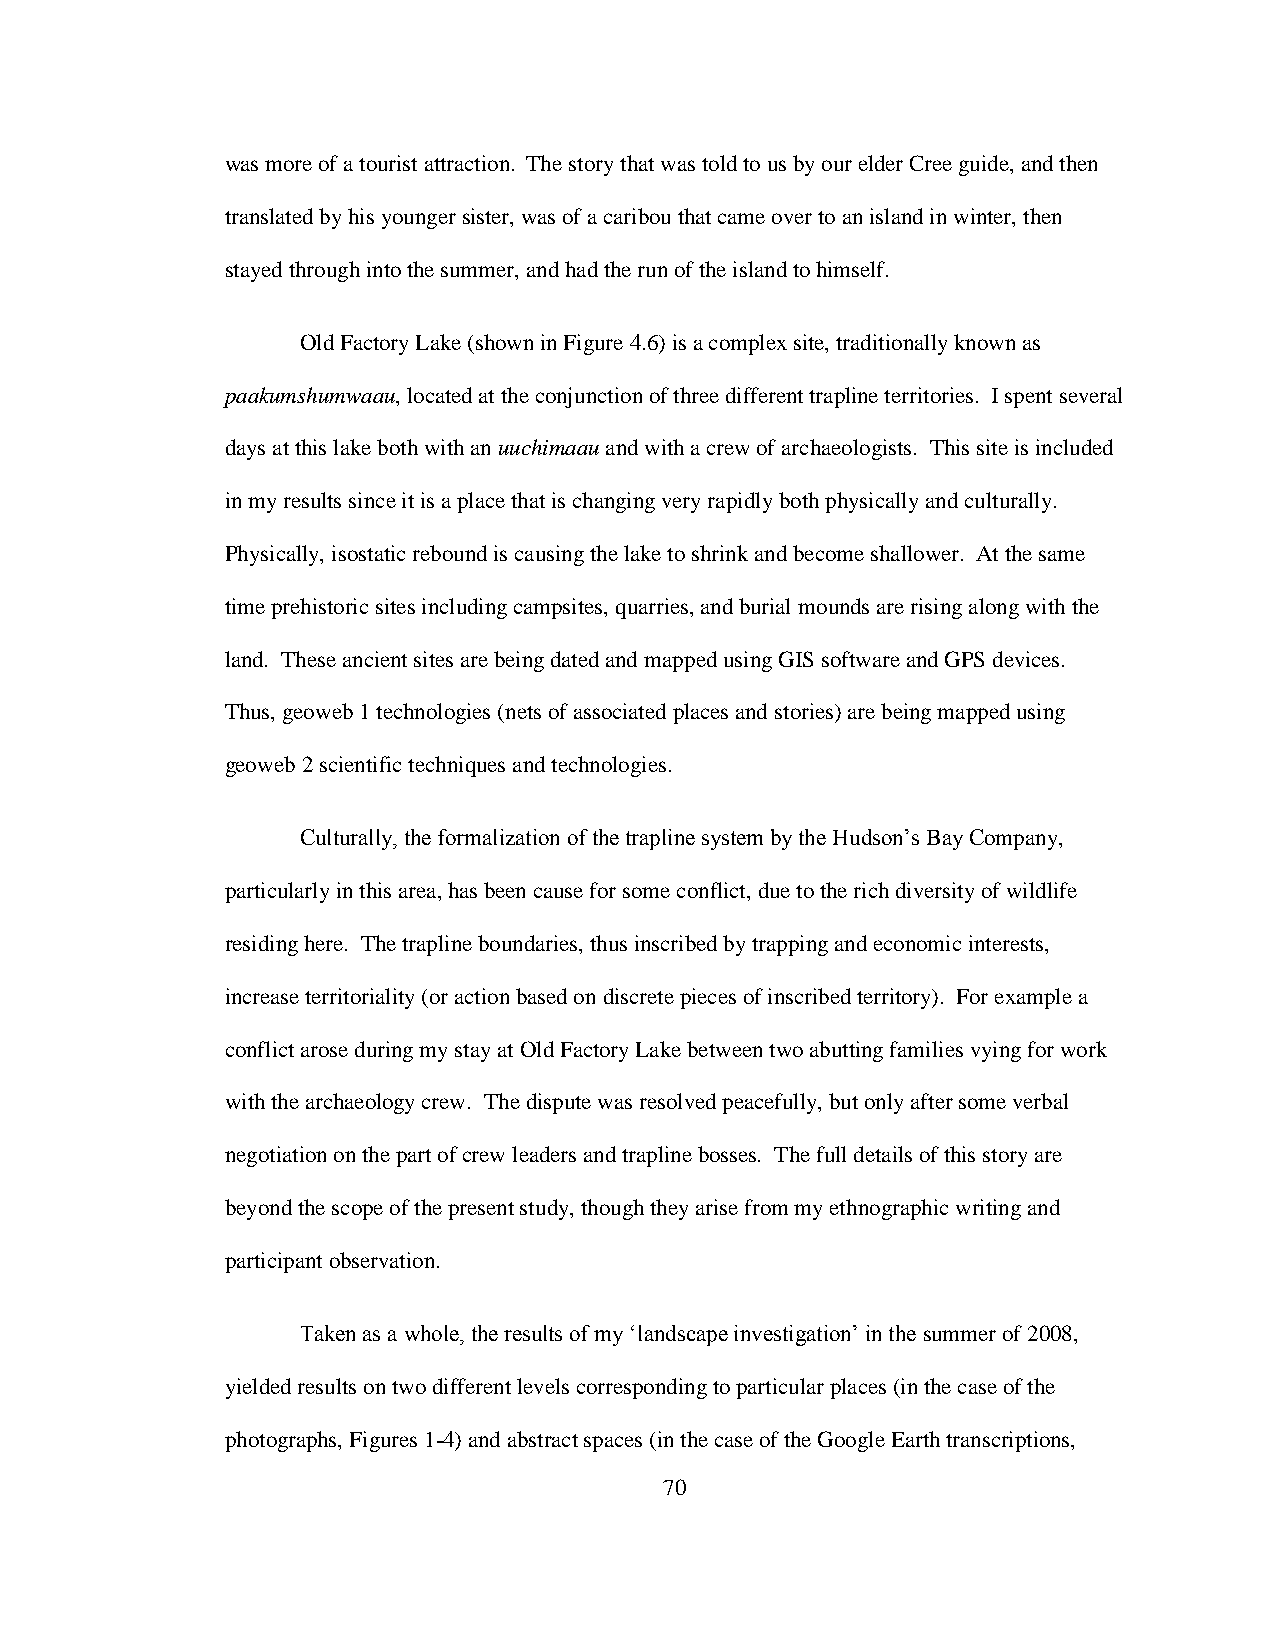
was more of a tourist attraction. The story that was told to us by our elder Cree guide, and then
 translated by his younger sister, was of a caribou that came over to an island in winter, then
 stayed through into the summer, and had the run of the island to himself.
 Old Factory Lake (shown in Figure 4.6) is a complex site, traditionally known as
 paakumshumwaau, located at the conjunction of three different trapline territories. I spent several
 days at this lake both with an uuchimaau and with a crew of archaeologists. This site is included
 in my results since it is a place that is changing very rapidly both physically and culturally.
 Physically, isostatic rebound is causing the lake to shrink and become shallower. At the same
 time prehistoric sites including campsites, quarries, and burial mounds are rising along with the
 land. These ancient sites are being dated and mapped using GIS software and GPS devices.
 Thus, geoweb 1 technologies (nets of associated places and stories) are being mapped using
 geoweb 2 scientific techniques and technologies.
 Culturally, the formalization of the trapline system by the Hudson‟s Bay Company,
 particularly in this area, has been cause for some conflict, due to the rich diversity of wildlife
 residing here. The trapline boundaries, thus inscribed by trapping and economic interests,
 increase territoriality (or action based on discrete pieces of inscribed territory). For example a
 conflict arose during my stay at Old Factory Lake between two abutting families vying for work
 with the archaeology crew. The dispute was resolved peacefully, but only after some verbal
 negotiation on the part of crew leaders and trapline bosses. The full details of this story are
 beyond the scope of the present study, though they arise from my ethnographic writing and
 participant observation.
 Taken as a whole, the results of my „landscape investigation‟ in the summer of 2008,
 yielded results on two different levels corresponding to particular places (in the case of the
 photographs, Figures 1-4) and abstract spaces (in the case of the Google Earth transcriptions,
 70